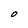
Character: O